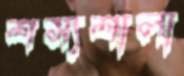
শস্যশালা